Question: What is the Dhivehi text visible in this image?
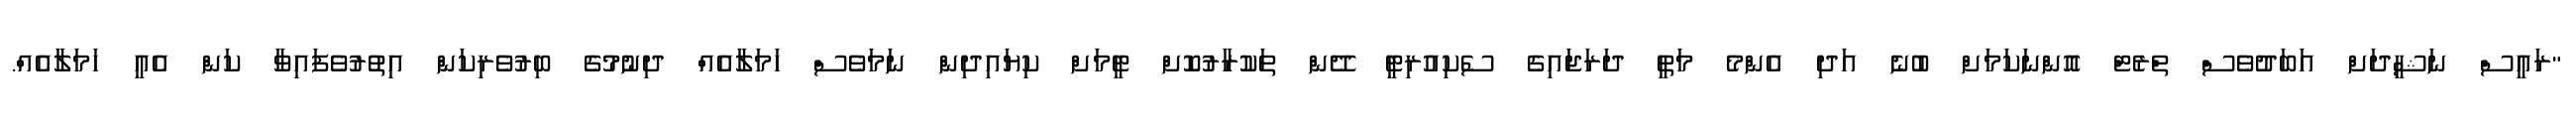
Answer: "ރައީސް ނަޝީދަށް އަބަދުވެސް ތްރެޓް އޮންނަކަމަށް ބުނެ އަދި އެންމެ މަތީ ދަރަޖައިގެ ސެކިއުރިޓީ ދޭން ތަކުރާރުކޮށް ޓީމަށް ކިޔައިދިން ނަމަވެސް ހަމަލާއެއް ދިނުމުގެ ބިރުވެރިކަން އިތުރުވެފައިވާ ކަން އެއީ ހަމަލާއެއް.